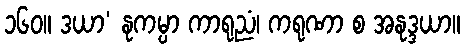
၁၆၀။ ဒယာ’ နုကမ္ပာ ကာရုညံ၊ ကရုဏာ စ အနုဒ္ဒယာ။